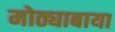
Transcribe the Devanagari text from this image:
मोठ्याबाया